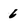
Character: 6